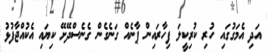
އަދި އެމަގުގައި ހުރި ކުރިކީލަ ފިހާރައިން ޕާނެއް ގަނެގެން ގެނެސްދޭށޭ ކިޔައި އެކުއްޖާފުޅު